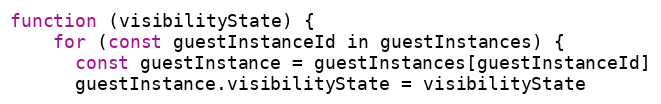
Language: JavaScript
function (visibilityState) {
    for (const guestInstanceId in guestInstances) {
      const guestInstance = guestInstances[guestInstanceId]
      guestInstance.visibilityState = visibilityState